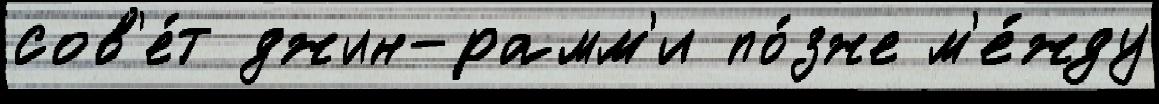
сов'е́т джин-рамм'и по́зже м'е́жду